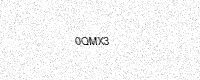
Text: 0QMX3